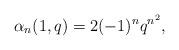
LaTeX: \begin{align*}\alpha_n(1,q)=2(-1)^nq^{n^2},\end{align*}